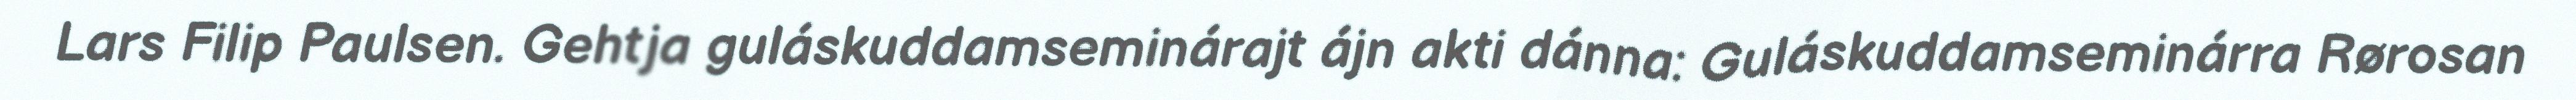
Lars Filip Paulsen. Gehtja guláskuddamseminárajt ájn akti dánna: Guláskuddamseminárra Rørosan